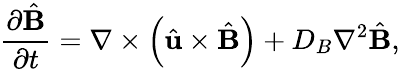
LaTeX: \frac{\partial\hat{\mathbf{B}}}{\partial t}=\nabla\times\left(\hat{\mathbf{u}}\times\hat{\mathbf{B}}\right)+D_{B}\nabla^{2}\hat{\mathbf{B}},